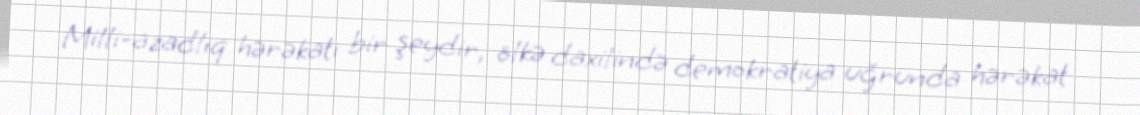
Milli-azadlıq hərəkatı bir şeydir, ölkə daxilində demokratiya uğrunda hərəkat